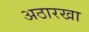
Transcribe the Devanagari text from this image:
अठारखा